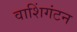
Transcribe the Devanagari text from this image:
वाशिंगंटन